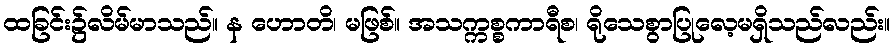
ထခြင်း၌လိမ်မာသည်။ န ဟောတိ၊ မဖြစ်။ အသက္ကစ္စကာရီစ၊ ရိုသေစွာပြုလေ့မရှိသည်လည်း။